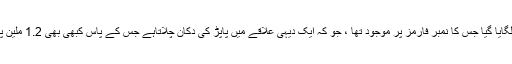
اس شخص کا پتا اس کے شناختی کارڈ سے لگایا گیا جس کا نمبر فارمز پر موجود تھا ، جو کہ ایک دیہی علاقے میں پاپڑ کی دکان چلاتاہے جس کے پاس کبھی بھی 1.2 ملین پاﺅنڈ نہیں تھے اور نہ ہی وہ کبھی انگلینڈ آیا ۔